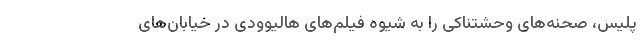
پلیس، صحنه‌های وحشتناکی را به شیوه فیلم‌های هالیوودی در خیابان‌های